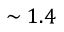
\sim 1 . 4